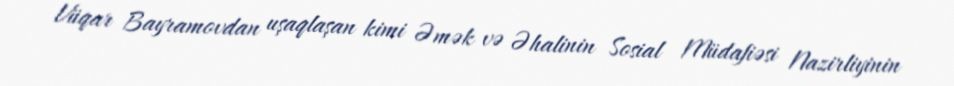
Vüqar Bayramovdan uşaqlaşan kimi Əmək və Əhalinin Sosial Müdafiəsi Nazirliyinin